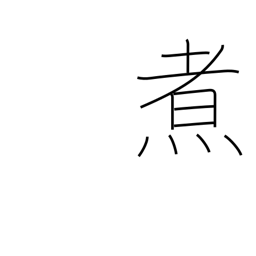
Meaning: boil